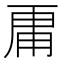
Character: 𮓞